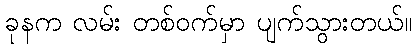
ခုနက လမ်း တစ်ဝက်မှာ ပျက်သွားတယ်။